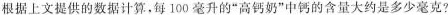
根据上文提供的数据计算，每100毫升的“高钙奶”中钙的含量大约是多少毫克？